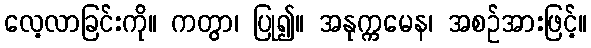
လေ့လာခြင်းကို။ ကတွာ၊ ပြု၍။ အနုက္ကမေန၊ အစဉ်အားဖြင့်။